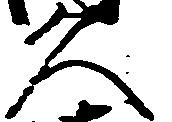
久